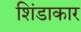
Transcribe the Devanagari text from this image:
शिंडाकार